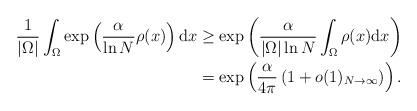
LaTeX: \begin{align*} \frac{1}{|\Omega|}\int_{\Omega} \exp \left( \frac{\alpha}{\ln N} \rho(x) \right) {\rm d }x &\geq \exp \left( \frac{\alpha}{|\Omega| \ln N} \int_{\Omega} \rho(x) {\rm d} x \right) \\&= \exp \left( \frac{\alpha}{4\pi} \left( 1 + o(1)_{N\to \infty} \right) \right).\end{align*}